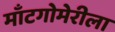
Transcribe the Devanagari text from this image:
माँटगोमेरीला